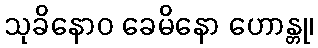
သုခိနောဝ ခေမိနော ဟောန္တု၊